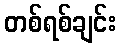
တစ်ရစ်ချင်း